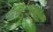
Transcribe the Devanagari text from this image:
४२१५